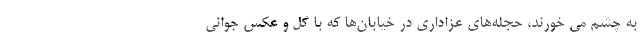
به چشم می خورند، حجله‌های عزاداری در خیابان‌ها که با گل و عکس جوانی